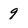
Character: 9